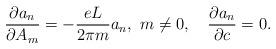
LaTeX: \begin{align*} \frac{\partial a_n}{\partial A_m}= - \frac{e L}{ 2 \pi m} a_n, \ m \neq 0,\quad \frac{\partial a_n}{\partial c}=0.\end{align*}